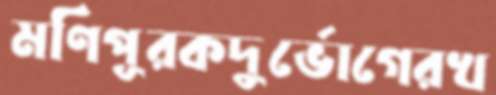
মণিপূরকদুর্ভোগেরখ